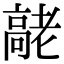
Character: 𦓄